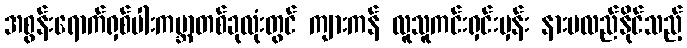
အစွန်းရောက်ရှစ်ပါးကမ္ဘာတစ်ခုလုံးတွင် ကျားကန် လူသူကင်းရှင်းမှန်း နားမလည်နိုင်သည့်